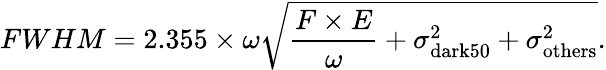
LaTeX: FWHM=2.355\times\omega\sqrt{\frac{F\times E}{\omega}+\sigma_{\mathrm{dark50}}^{2}+\sigma_{\mathrm{others}}^{2}}.